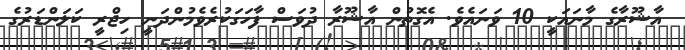
އާޝޫރާގެ މާނައަކީ 10 ވަނައެވެ. އެގޮތުން އާޝޫރާ ދުވަސް ފާހަގަކުރެވެމުންދަނީ ހިޖްރީ ކަލަންޑަރުގެ